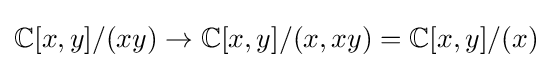
\mathbb {C} [x,y]/(xy)\to \mathbb {C} [x,y]/(x,xy)=\mathbb {C} [x,y]/(x)